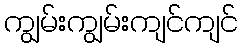
ကျွမ်းကျွမ်းကျင်ကျင်